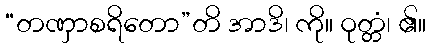
“တဏှာစရိတော”တိ အာဒိ၊ ကို။ ဝုတ္တံ၊ ၏။